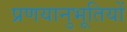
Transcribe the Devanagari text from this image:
प्रणयानुभूतियों